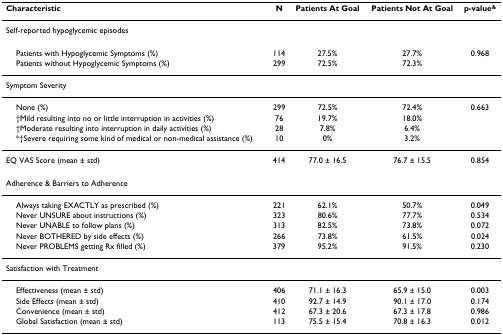
<table><thead><tr><td><b>Characteristic</b></td><td><b>N</b></td><td><b>Patients At Goal</b></td><td><b>Patients Not At Goal</b></td><td><b>p-value<sup>&amp;</sup></b></td></tr></thead><tbody><tr><td>Self-reported hypoglycemic episodes</td><td></td><td></td><td></td><td></td></tr><tr><td> Patients with Hypoglycemic Symptoms (%)</td><td>114</td><td>27.5%</td><td>27.7%</td><td>0.968</td></tr><tr><td> Patients without Hypoglycemic Symptoms (%)</td><td>299</td><td>72.5%</td><td>72.3%</td><td></td></tr><tr><td>Symptom Severity</td><td></td><td></td><td></td><td></td></tr><tr><td> None (%)</td><td>299</td><td>72.5%</td><td>72.4%</td><td>0.663</td></tr><tr><td> †Mild resulting into no or little interruption in activities (%)</td><td>76</td><td>19.7%</td><td>18.0%</td><td></td></tr><tr><td> †Moderate resulting into interruption in daily activities (%)</td><td>28</td><td>7.8%</td><td>6.4%</td><td></td></tr><tr><td> *†Severe requiring some kind of medical or non-medical assistance (%)</td><td>10</td><td>0%</td><td>3.2%</td><td></td></tr><tr><td>EQ VAS Score (mean ± std)</td><td>414</td><td>77.0 ± 16.5</td><td>76.7 ± 15.5</td><td>0.854</td></tr><tr><td>Adherence &amp; Barriers to Adherence</td><td></td><td></td><td></td><td></td></tr><tr><td> Always taking EXACTLY as prescribed (%)</td><td>221</td><td>62.1%</td><td>50.7%</td><td>0.049</td></tr><tr><td> Never UNSURE about instructions (%)</td><td>323</td><td>80.6%</td><td>77.7%</td><td>0.534</td></tr><tr><td> Never UNABLE to follow plans (%)</td><td>313</td><td>82.5%</td><td>73.8%</td><td>0.072</td></tr><tr><td> Never BOTHERED by side effects (%)</td><td>266</td><td>73.8%</td><td>61.5%</td><td>0.024</td></tr><tr><td> Never PROBLEMS getting Rx filled (%)</td><td>379</td><td>95.2%</td><td>91.5%</td><td>0.230</td></tr><tr><td>Satisfaction with Treatment</td><td></td><td></td><td></td><td></td></tr><tr><td> Effectiveness (mean ± std)</td><td>406</td><td>71.1 ± 16.3</td><td>65.9 ± 15.0</td><td>0.003</td></tr><tr><td> Side Effects (mean ± std)</td><td>410</td><td>92.7 ± 14.9</td><td>90.1 ± 17.0</td><td>0.174</td></tr><tr><td> Convenience (mean ± std)</td><td>412</td><td>67.3 ± 20.6</td><td>67.3 ± 17.8</td><td>0.986</td></tr><tr><td> Global Satisfaction (mean ± std)</td><td>113</td><td>75.5 ± 15.4</td><td>70.8 ± 16.3</td><td>0.012</td></tr></tbody></table>